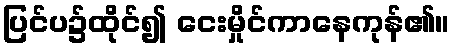
ပြင်ပ၌ထိုင်၍ ငေးမှိုင်ကာနေကုန်၏။